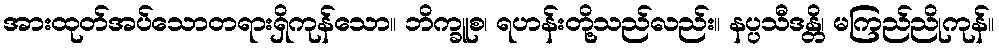
အားထုတ်အပ်သောတရားရှိကုန်သော။ ဘိက္ခူစ၊ ရဟန်းတို့သည်လည်း။ နပ္ပသီဒန္တိ၊ မကြည်ညိုကုန်။